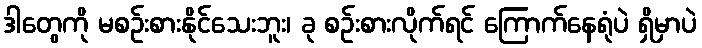
ဒါတွေကို မစဉ်းစားနိုင်သေးဘူး၊ ခု စဉ်းစားလိုက်ရင် ကြောက်နေရုံပဲ ရှိမှာပဲ